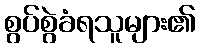
စွပ်စွဲခံရသူများ၏